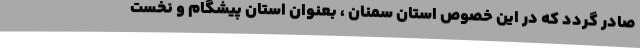
صادر گردد که در این خصوص استان سمنان ، بعنوان استان پیشگام و نخست